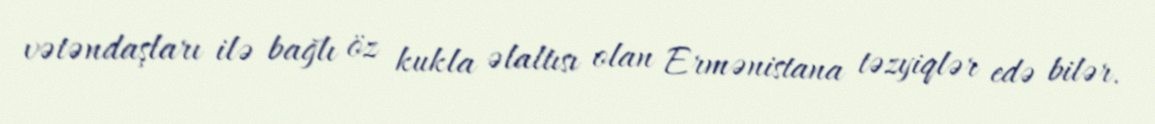
vətəndaşları ilə bağlı öz kukla əlaltısı olan Ermənistana təzyiqlər edə bilər.